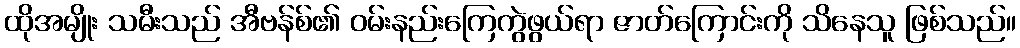
ထိုအမျိုး သမီးသည် အီဗန်စ်၏ ဝမ်းနည်းကြေကွဲဖွယ်ရာ ဇာတ်ကြောင်းကို သိနေသူ ဖြစ်သည်။